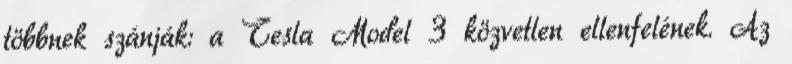
többnek szánják: a Tesla Model 3 közvetlen ellenfelének. Az